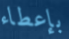
بإعطاء